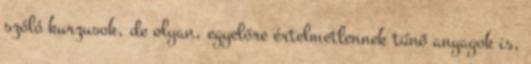
szóló kurzusok, de olyan, egyelőre értelmetlennek tűnő anyagok is,